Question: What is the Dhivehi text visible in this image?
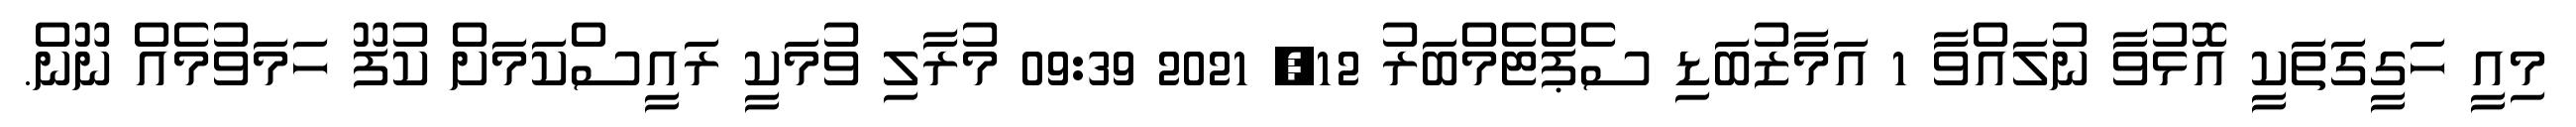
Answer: މިއީ ހަގީގަތަކީ އޮޅުވާ ނުލައްވާ 1 އަމާޒުބަޑި ސެޕްޓެމްބަރު 12, 2021 09:39 މުރާލި ވުމަކީ ރައީސްކަމަށް ކުފޫ ހަމަވުމެއް ނޫން.